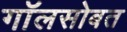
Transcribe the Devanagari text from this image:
गॉलसोबत